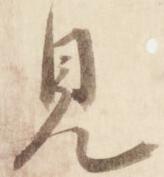
見